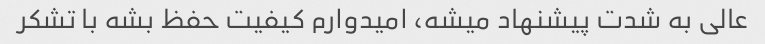
عالی به شدت پیشنهاد میشه، امیدوارم کیفیت حفظ بشه با تشکر